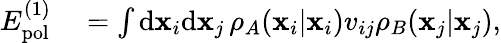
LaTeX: \begin{array}{rl}{E_{\mathrm{pol}}^{(1)}}&{{}=\int\mathrm{d}\mathbf{x}_{i}\mathrm{d}\mathbf{x}_{j}\, \rho_{A}(\mathbf{x}_{i}|\mathbf{x}_{i})v_{ij}\rho_{B}(\mathbf{x}_{j}|\mathbf{x}_{j}),}\end{array}